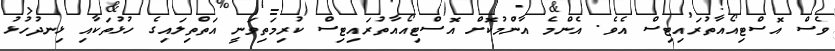
ވެސް އޮސްޓިއޯއާތުރައިޓިސް އެވެ. އެންމެ އާންމުކޮށް އޮސްޓިއޯއާތުރައިޓިސް ކުރިމަތިވަނީ އަތްތިލައިގެ ހުޅުތަކާއި ޅިނދުހުޅު